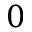
0